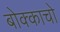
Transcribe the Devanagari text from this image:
बोक्काचो